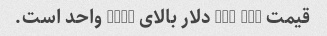
قیمت cpu 260 دلار بالای 1000 واحد است.